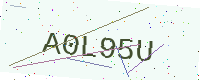
Text: A0L95U